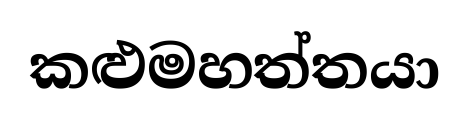
කළුමහත්තයා